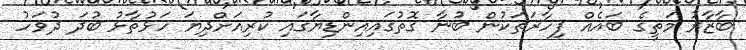
ބާޒާރު މަތީގެ ބައެއް ފިހާރަތަކުން ބުނާ ގޮތުގައިއިންޑިޔާގައި ކުރިއަށްދިޔަ ހަޅުތާޅު ބުދަ ދުވަހު